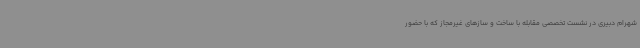
شهرام دبیری در نشست تخصصی مقابله با ساخت و سازهای غیرمجاز که با حضور